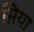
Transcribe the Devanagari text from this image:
म़िया